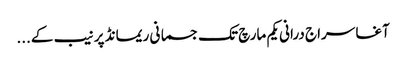
آغا سراج درانی یکم مارچ تک جسمانی ریمانڈ پر نیب کے...